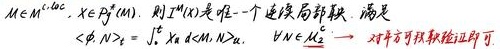
$M\in \mathcal {M}^{loc}_{c},X\in \mathcal {P}^{+}(M)$. 则$I^{X}(M)$是唯一一个连续局部鞅, 满足
$\langle \phi,N\rangle _{2}=\int _{0}^{\cdot }X_{s}d\langle M,N\rangle _{s},\quad \forall N\in \mathcal {M}_{2}^{c}\quad 对平方可积鞅验证即可.$